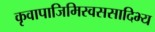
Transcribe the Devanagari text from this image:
कृवापाजिमिस्वससादिभ्य